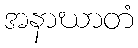
အနာဃာတံ